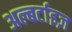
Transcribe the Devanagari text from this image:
अल्बर्टाइज़